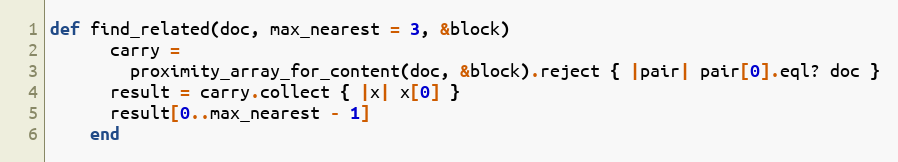
Language: Ruby
def find_related(doc, max_nearest = 3, &block)
      carry =
        proximity_array_for_content(doc, &block).reject { |pair| pair[0].eql? doc }
      result = carry.collect { |x| x[0] }
      result[0..max_nearest - 1]
    end